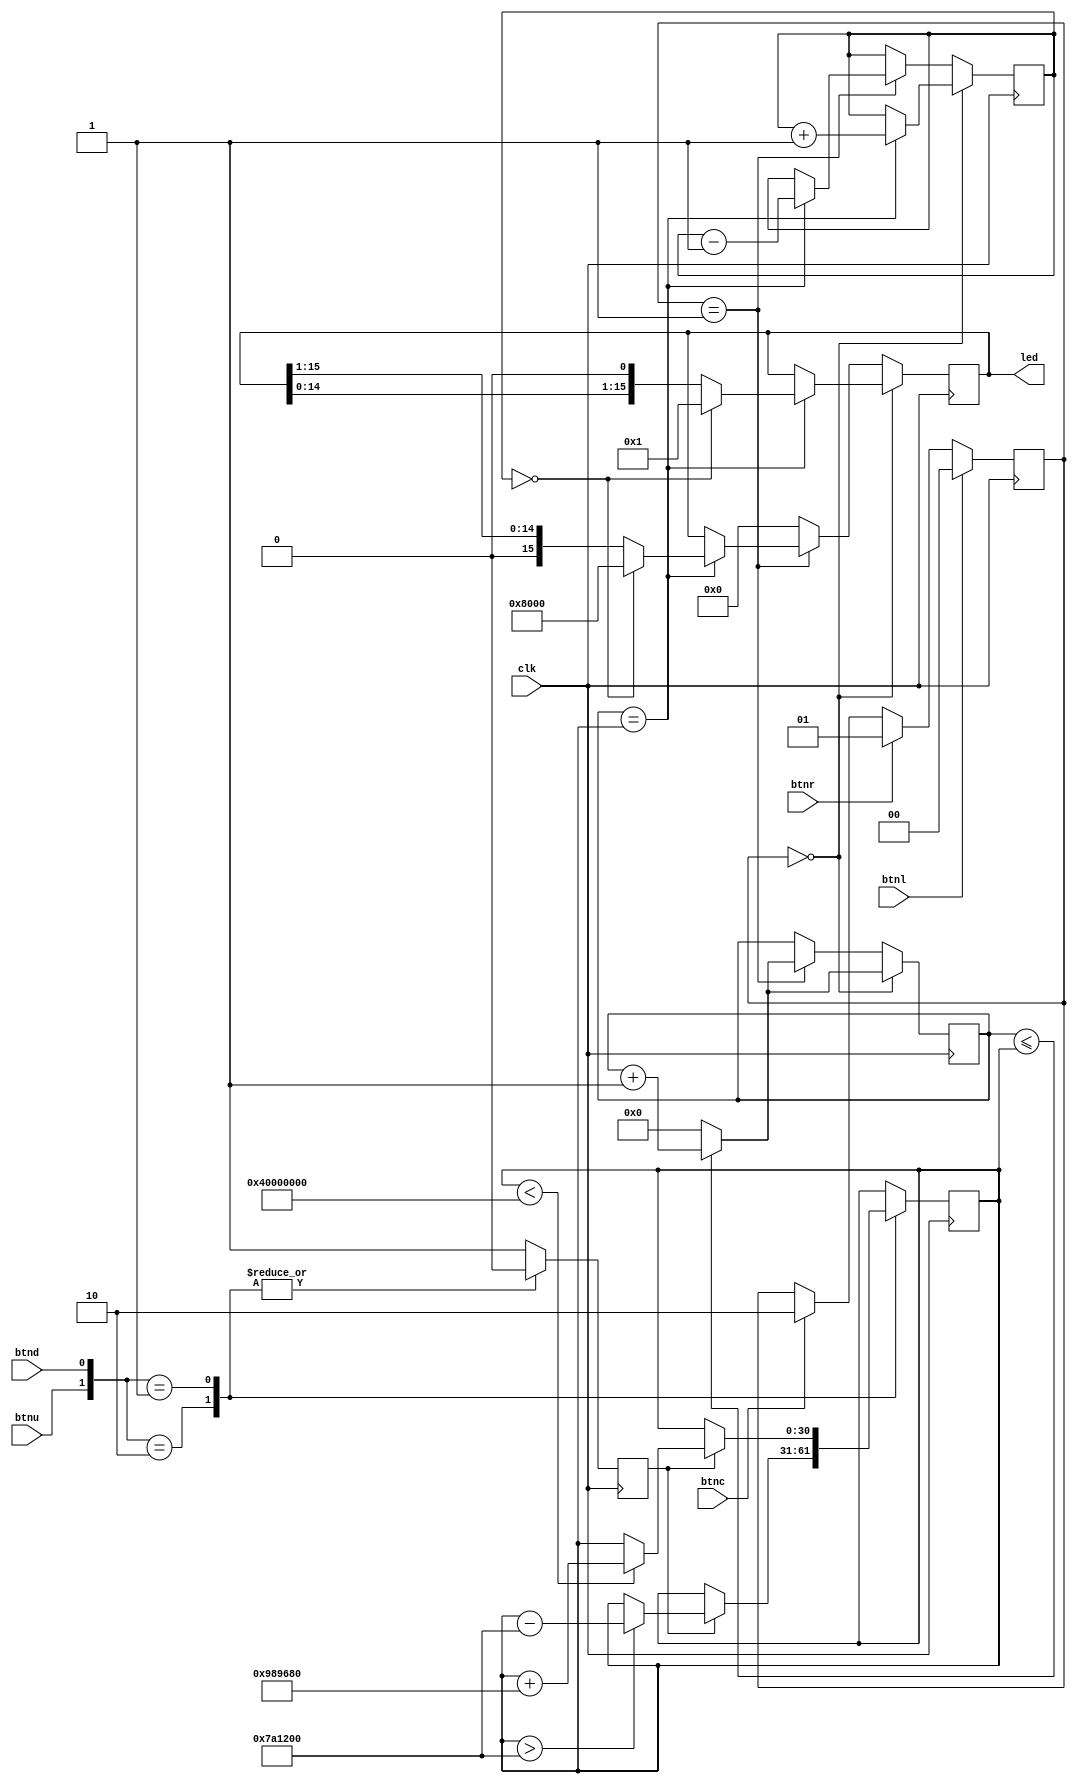
`timescale 1ns / 1ps
module Part3(
    input btnu, 
	 input btnl,
	 input btnc,
	 input btnr,
	 input btnd,
	 input clk,

	 output [15:0] led
    );

reg [11:0] number;
reg [30:0] counter; 
reg [3:0] state;
reg [6:0] seg_number,seg_data;
reg [15:0] scan;
reg [30:0] freq;
reg [1:0] choose;
reg temp;
initial begin
	freq<=30'd60000000;
	scan<=15'b1;
end;

always@(posedge clk) begin
	if(btnl) choose <= 0;
	else if(btnr) choose <= 1;
	else if(btnc) choose <= 2;
	else choose <= choose;
end

always@(posedge clk) begin
	case({btnu, btnd}) 
		2'b10: begin
			if(temp)	freq<= (freq>8000000)?freq-30'd8000000:freq;
			temp = 0;
		end
		2'b01: begin
			if(temp)	freq<= (freq<1073741824)?freq+30'd10000000:freq;
			temp = 0;
		end
		default: temp=1;
	endcase
end

assign led = scan;
always@(posedge clk) begin
	if(choose == 0) begin
		counter <=(counter<=freq) ? (counter +1) : 0;
		if(counter==freq) begin
			state <= state+1;
			if(state==0)
				scan <= 15'b1;
			else
				scan <= scan<<1;
		end
	end
	else if(choose == 1) begin
		counter <=(counter<=freq) ? (counter +1) : 0;
		if(counter==freq) begin
			state <= state-1;
			if(state==0)
				scan <= 16'b1000_0000_0000_0000;
			else
				scan <= scan>>1;
		end
	end
	else scan <= 15'b0;
end  


endmodule